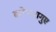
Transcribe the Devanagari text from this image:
कोपारागुए